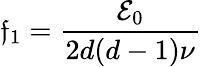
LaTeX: \mathfrak{f}_{1}=\frac{{{\mathcal{E}}_{0}}}{{2d(d-1)\nu}}